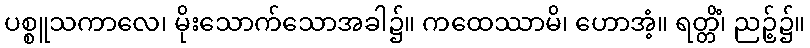
ပစ္စူသကာလေ၊ မိုးသောက်သောအခါ၌။ ကထေဿာမိ၊ ဟောအံ့။ ရတ္တိံ၊ ညဉ့်၌။